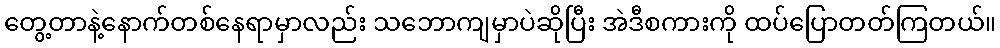
တွေ့တာနဲ့နောက်တစ်နေရာမှာလည်း သဘောကျမှာပဲဆိုပြီး အဲဒီစကားကို ထပ်ပြောတတ်ကြတယ်။